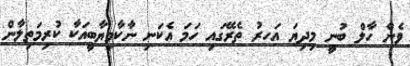
ވެން ހާލް ބުނީ މިދިޔަ އަހރު ތެރޭގައި ހަމަ އެކަނި ނާކާމިޔާބީއަކާ ކުރިމަތިލާން